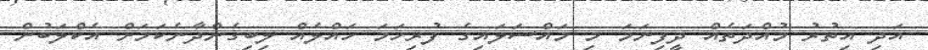
އަދި އިތުރު މުއްދަތެއް ދީފިނަމަ މި މައްސަލައިގެ ފުރިހަމަ ހައްލެއް ލިބިގެންދާނެކަމަށް އެކްލަބުން